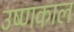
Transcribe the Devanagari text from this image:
उष्णकाल